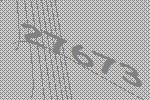
27673